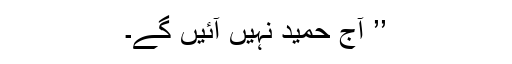
’’ آج حمید نہیں آئیں گے۔